Vaccine operations Central Provinces 1886-1899 - 1886-1899
Year: 1886
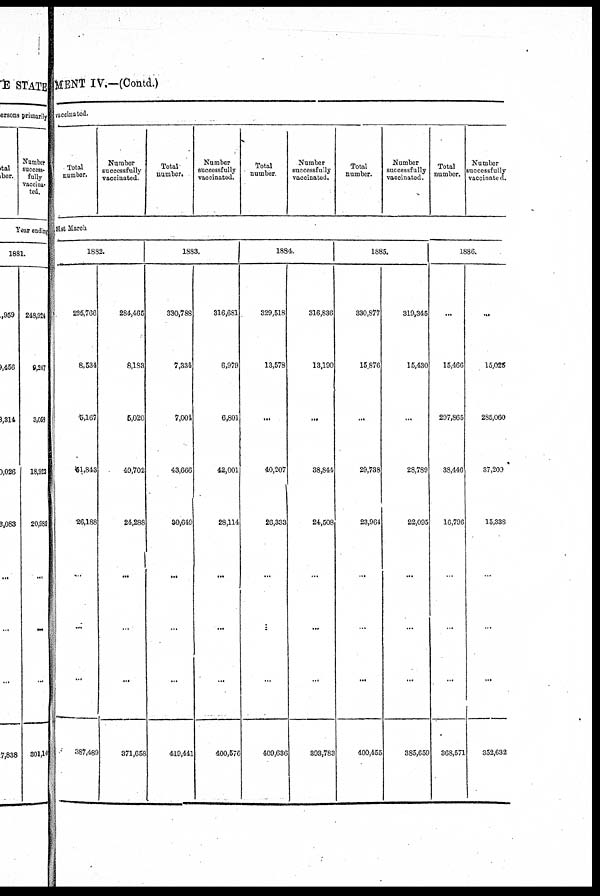
MENT IV.—(Contd.)
vaccinated.
Total
number.
Number
successfully
vaccinated.
Total
number.
Number
successfully
vaccinated.
Total
number.
Number
successfully
vaccinated.
Total
number.
Number
successfully
vaccinated.
Total
number.
Number
successfully
vaccinated.
31st March
1882.
295,766
8,534
5,167
51,843
26,188
...
...
...
387,489
284,465
8,183
5,020
49,702
24,288
...
...
...
371,658
1883.
330,788
7,334
7,004
43,666
30,649
...
...
...
419,441
316,681
6,979
6,801
42,001
28,114
...
...
...
400,576
1884.
329,518
13,578
...
40,207
26,333
...
...
...
409,636
316,836
13,190
...
38,844
24,508
...
...
...
393,783
1885.
330,877
15,876
...
29,738
23,964
...
...
...
400,455
319,345
15,430
...
28,789
22,095
...
...
...
385,659
1886.
...
15,466
297,865
38,446
16,796
...
...
...
368,571
...
15,025
285,060
37,209
15,338
...
...
...
352,632